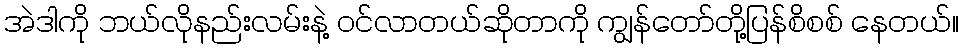
အဲဒါကို ဘယ်လိုနည်းလမ်းနဲ့ ဝင်လာတယ်ဆိုတာကို ကျွန်တော်တို့ပြန်စိစစ် နေတယ်။